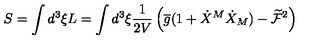
S = \int d ^ { 3 } \xi L = \int d ^ { 3 } \xi \frac { 1 } { 2 V } \left( \overline { { g } } ( 1 + \dot { X } ^ { M } \dot { X } _ { M } ) - \widetilde { \mathcal { F } } ^ { 2 } \right)